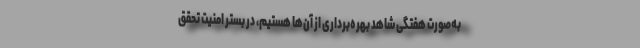
به‌صورت هفتگی شاهد بهره‌برداری از آن‌ها هستیم، در بستر امنیت تحقق